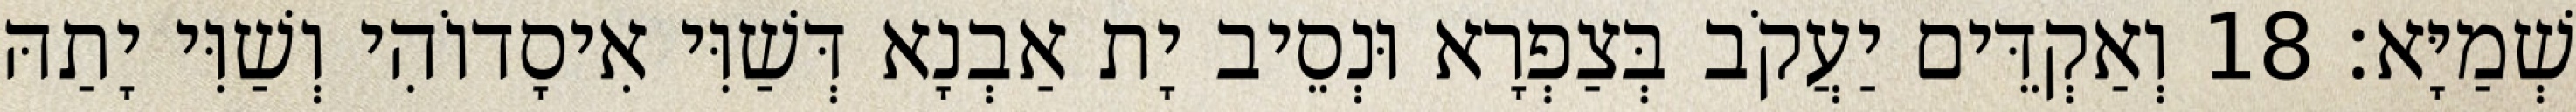
שְׁמַיָּא׃ 18 וְאַקְדֵּים יַעֲקֹב בְּצַפְרָא וּנְסֵיב יָת אַבְנָא דְּשַׁוִּי אִיסָדוֹהִי וְשַׁוִּי יָתַהּ